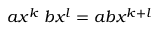
a x ^ { k } \; b x ^ { l } = a b x ^ { k + l }